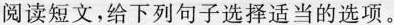
阅读短文,给下列句子选择适当的选项。